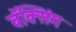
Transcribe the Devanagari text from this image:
बॅक्सिंग